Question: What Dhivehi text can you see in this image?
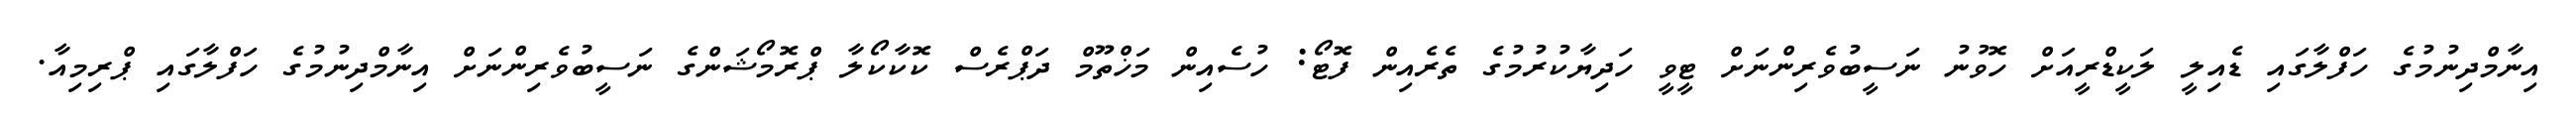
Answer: އިނާމްދިނުމުގެ ހަފްލާގައި ޑެއިލީ ލަކީޑްރީއަށް ހޮވުނު ނަސީބުވެރިންނަށް ޓީވީ ހަދިޔާކުރުމުގެ ތެރެއިން ފޮޓޯ: ހުސެއިން މަޚްތޫމް ދަޕްރެސް ކޮކާކޯލާ ޕްރޮމޯޝަންގެ ނަސީބުވެރިންނަށް އިނާމްދިނުމުގެ ހަފްލާގައި ޕްރިމިއާ.